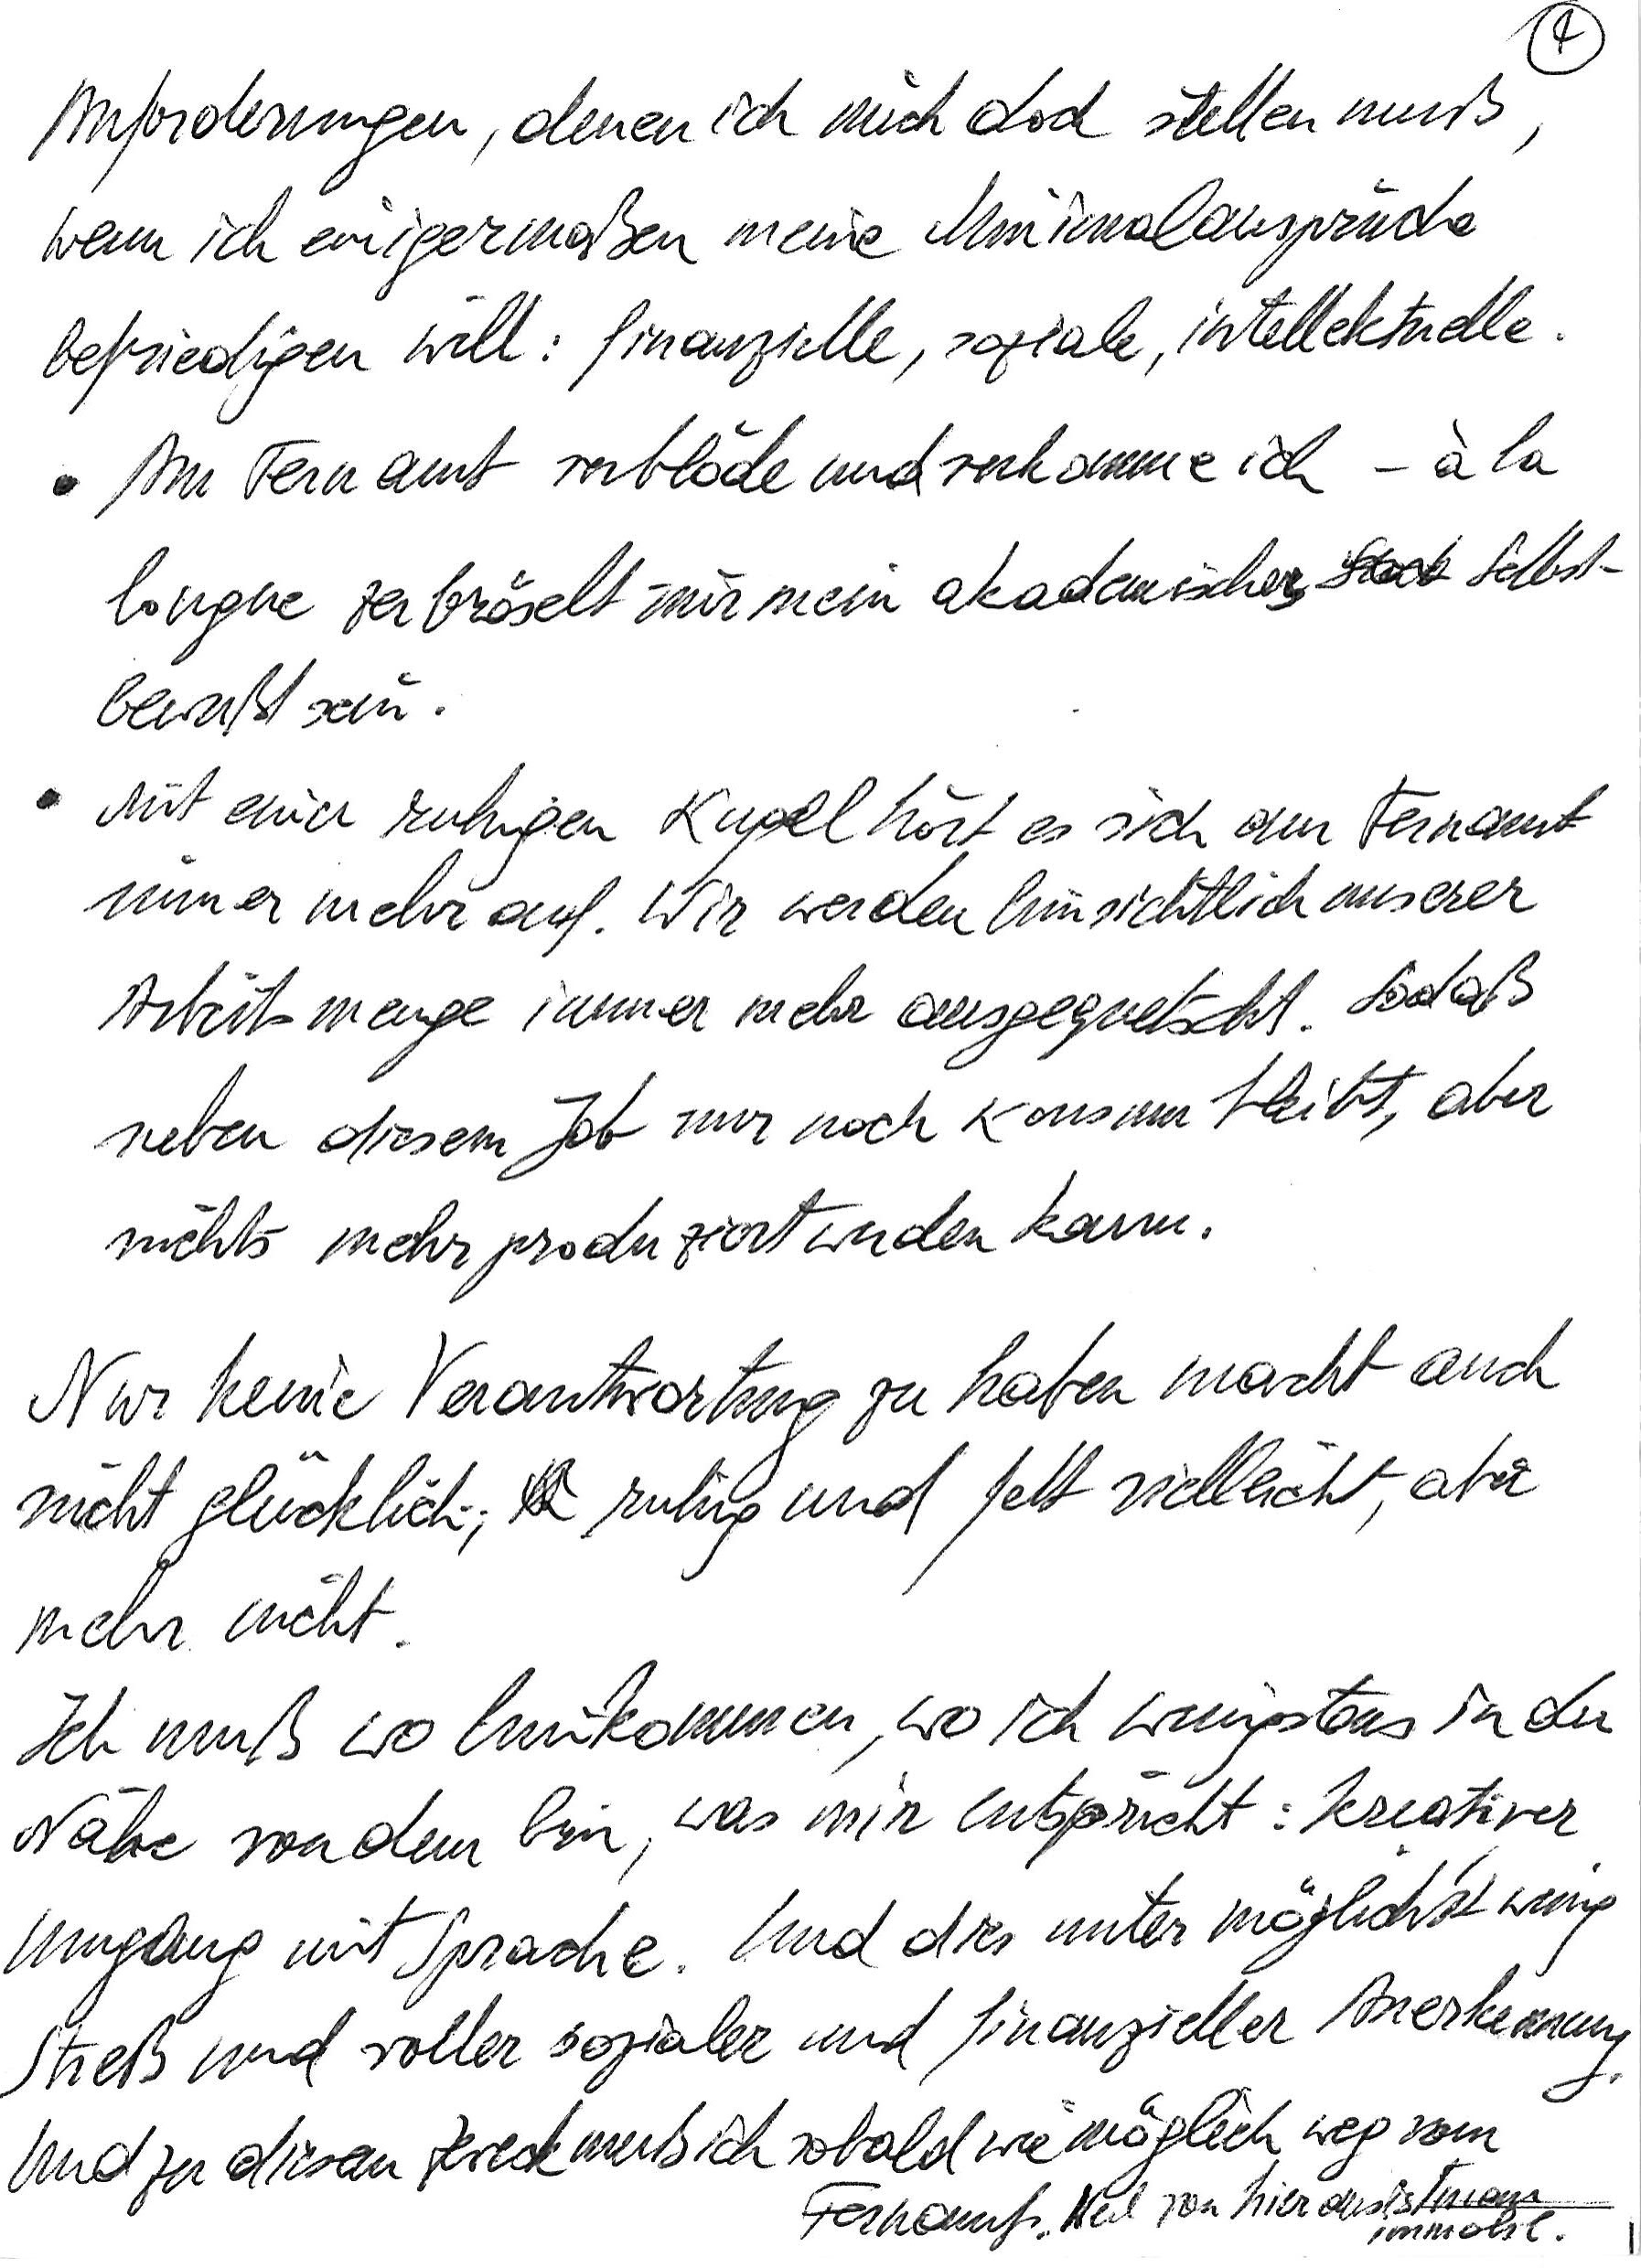
Anforderungen, denen ich mich doch stellen muß,
wenn ich einigermaßen meine Minimalansprüche
befriedigen will: finanzielle, soziale, intellektuelle.
Am Fernamt verblöde und verkomme ich – à la
longue zerbröselt mir mein akademisches Selbst-
bewußtsein.
Mit einer ruhigen Kugel hört es sich am Fernamt
immer mehr auf. Wir werden hinsichtlich unserer
Arbeitsmenge immer mehr ausgequetscht. Sodaß
neben diesem Job nur noch Konsum bleibt, aber
nichts mehr produziert werden kann.
Nur keine Verantwortung zu haben macht auch
nicht glücklich; ruhig und fett vielleicht, aber
mehr nicht.
Ich muß wo hinkommen, wo ich wenigstens in der
Nähe von dem bin, was mir entspricht: kreativer
Umgang mit Sprache. Und dies unter möglichst wenig
Streß und voller sozialer und finanzieller Anerkennung.
Und zu diesem Zweck muß ich sobald wie möglich weg vom
Fernamt. Weil von hier aus ist man
immobil.